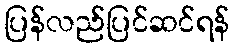
ပြန်လည်ပြင်ဆင်ရန်